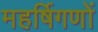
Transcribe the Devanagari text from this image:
महर्षिगणों